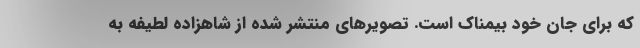
که برای جان خود بیمناک است. تصویرهای منتشر شده از شاهزاده لطیفه به